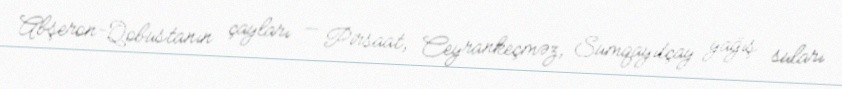
Abşeron-Qobustanın çayları — Pirsaat, Ceyrankeçməz, Sumqayıtçay yağış suları